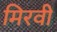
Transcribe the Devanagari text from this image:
मिरवी